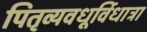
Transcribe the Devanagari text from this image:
पितृव्यवधूर्विधात्रा